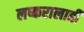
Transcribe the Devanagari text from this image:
लष्करालाही